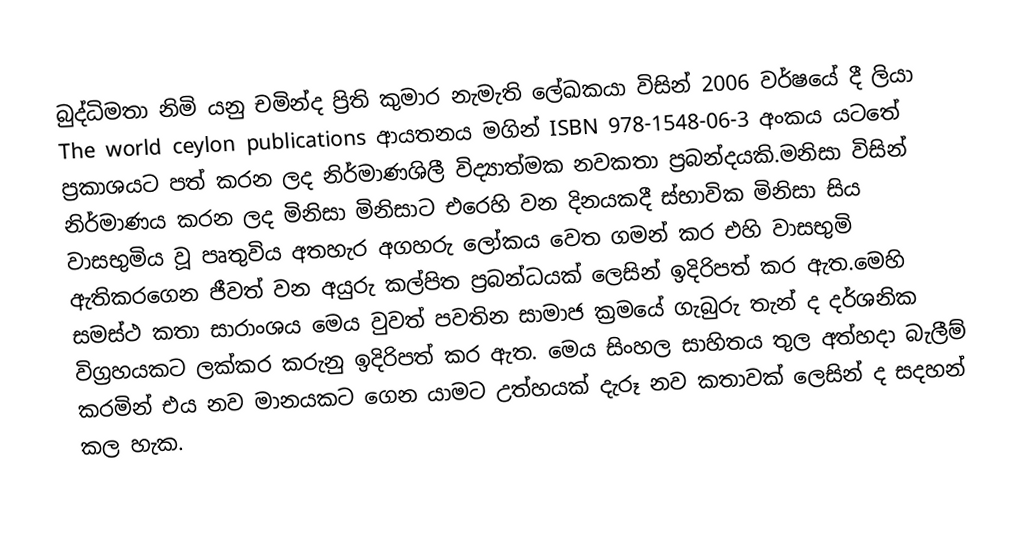
බුද්ධිමතා නිමි යනු  චමින්ද ප්‍රිති කුමාර නැමැති ලේඛකයා විසින් 2006 වර්ෂයේ දී ලියා The  world ceylon publications ආයතනය මගින් ISBN 978-1548-06-3 අංකය යටතේ ප්‍රකාශයට පත් කරන ලද නිර්මාණශිලී  විද්‍යාත්මක නවකතා ප්‍රබන්දයකි.මනිසා විසින් නිර්මාණය කරන ලද මිනිසා මිනිසාට එරෙහි වන දිනයකදී ස්භාවික මිනිසා සිය වාසභුමිය වූ පෘතුවිය අතහැර අගහරු ලෝකය වෙත ගමන් කර එහි වාසභුමි ඇතිකරගෙන ජීවත් වන අයුරු  කල්පිත ප්‍රබන්ධයක් ලෙසින් ඉදිරිපත් කර ඇත.මෙහි සමස්ථ කතා සාරාංශය මෙය වුවත් පවතින සාමාජ ක්‍රමයේ ගැබුරු තැන් ද දර්ශනික විග්‍රහයකට ලක්කර  කරුනු ඉදිරිපත් කර ඇත. මෙය සිංහල සාහිතය තුල අත්හදා බැලීම් කරමින් එය නව මානයකට ගෙන යාමට උත්හයක් දැරූ නව කතාවක් ලෙසින් ද සදහන් කල හැක.